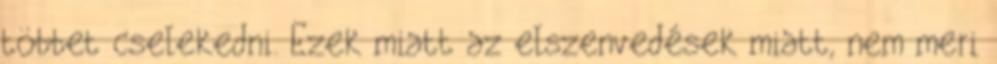
többet cselekedni. Ezek miatt az elszenvedések miatt, nem meri